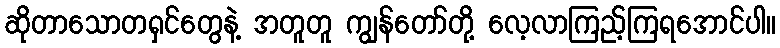
ဆိုတာသောတရှင်တွေနဲ့ အတူတူ ကျွန်တော်တို့ လေ့လာကြည့်ကြရအောင်ပါ။